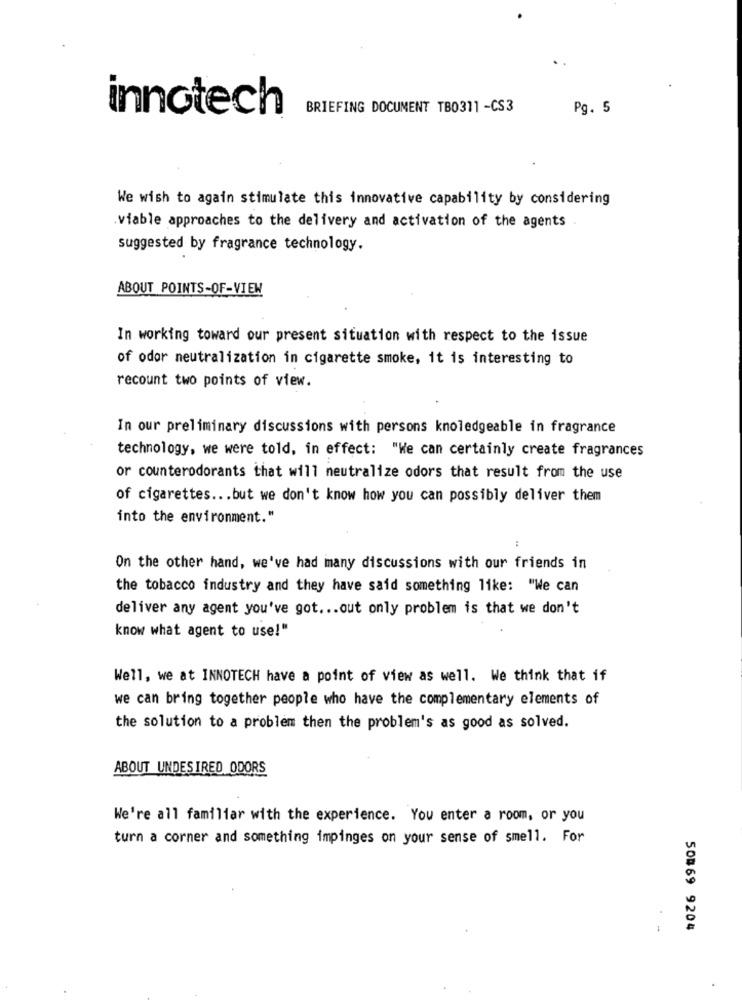
innotech
BRIEFING DOCUMENT TB0311 -CS3
Pg. 5
We wish to again stimulate this innovative capability by considering
viable approaches to the delivery and activation of the agents
suggested by fragrance technology.
ABOUT POINTS-OF-VIEW
In working toward our present situation with respect to the issue
of odor neutralization in cigarette smoke, it is interesting to
recount two points of view.
In our preliminary discussions with persons knoledgeable in fragrance
technology, we were told, in effect: "We can certainly create fragrances
or counterodorants that will neutralize odors that result from the use
of cigarettes ... but we don't know how you can possibly deliver them
into the environment."
:
On the other hand, we've had many discussions with our friends in
the tobacco industry and they have said something like: "We can
deliver any agent you've got ... out only problem is that we don't
know what agent to use!"
Well, we at INNOTECH have a point of view as well. We think that if
we can bring together people who have the complementary elements of
the solution to a problem then the problem's as good as solved.
ABOUT UNDESIRED ODORS
We're all familiar with the experience. You enter a room, or you
turn a corner and something impinges on your sense of smell. For
50#69 9204